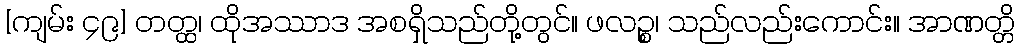
[ကျမ်း ၄၉] တတ္ထ၊ ထိုအဿာဒ အစရှိသည်တို့တွင်။ ဖလဉ္စ၊ သည်လည်းကောင်း။ အာဏတ္တိ